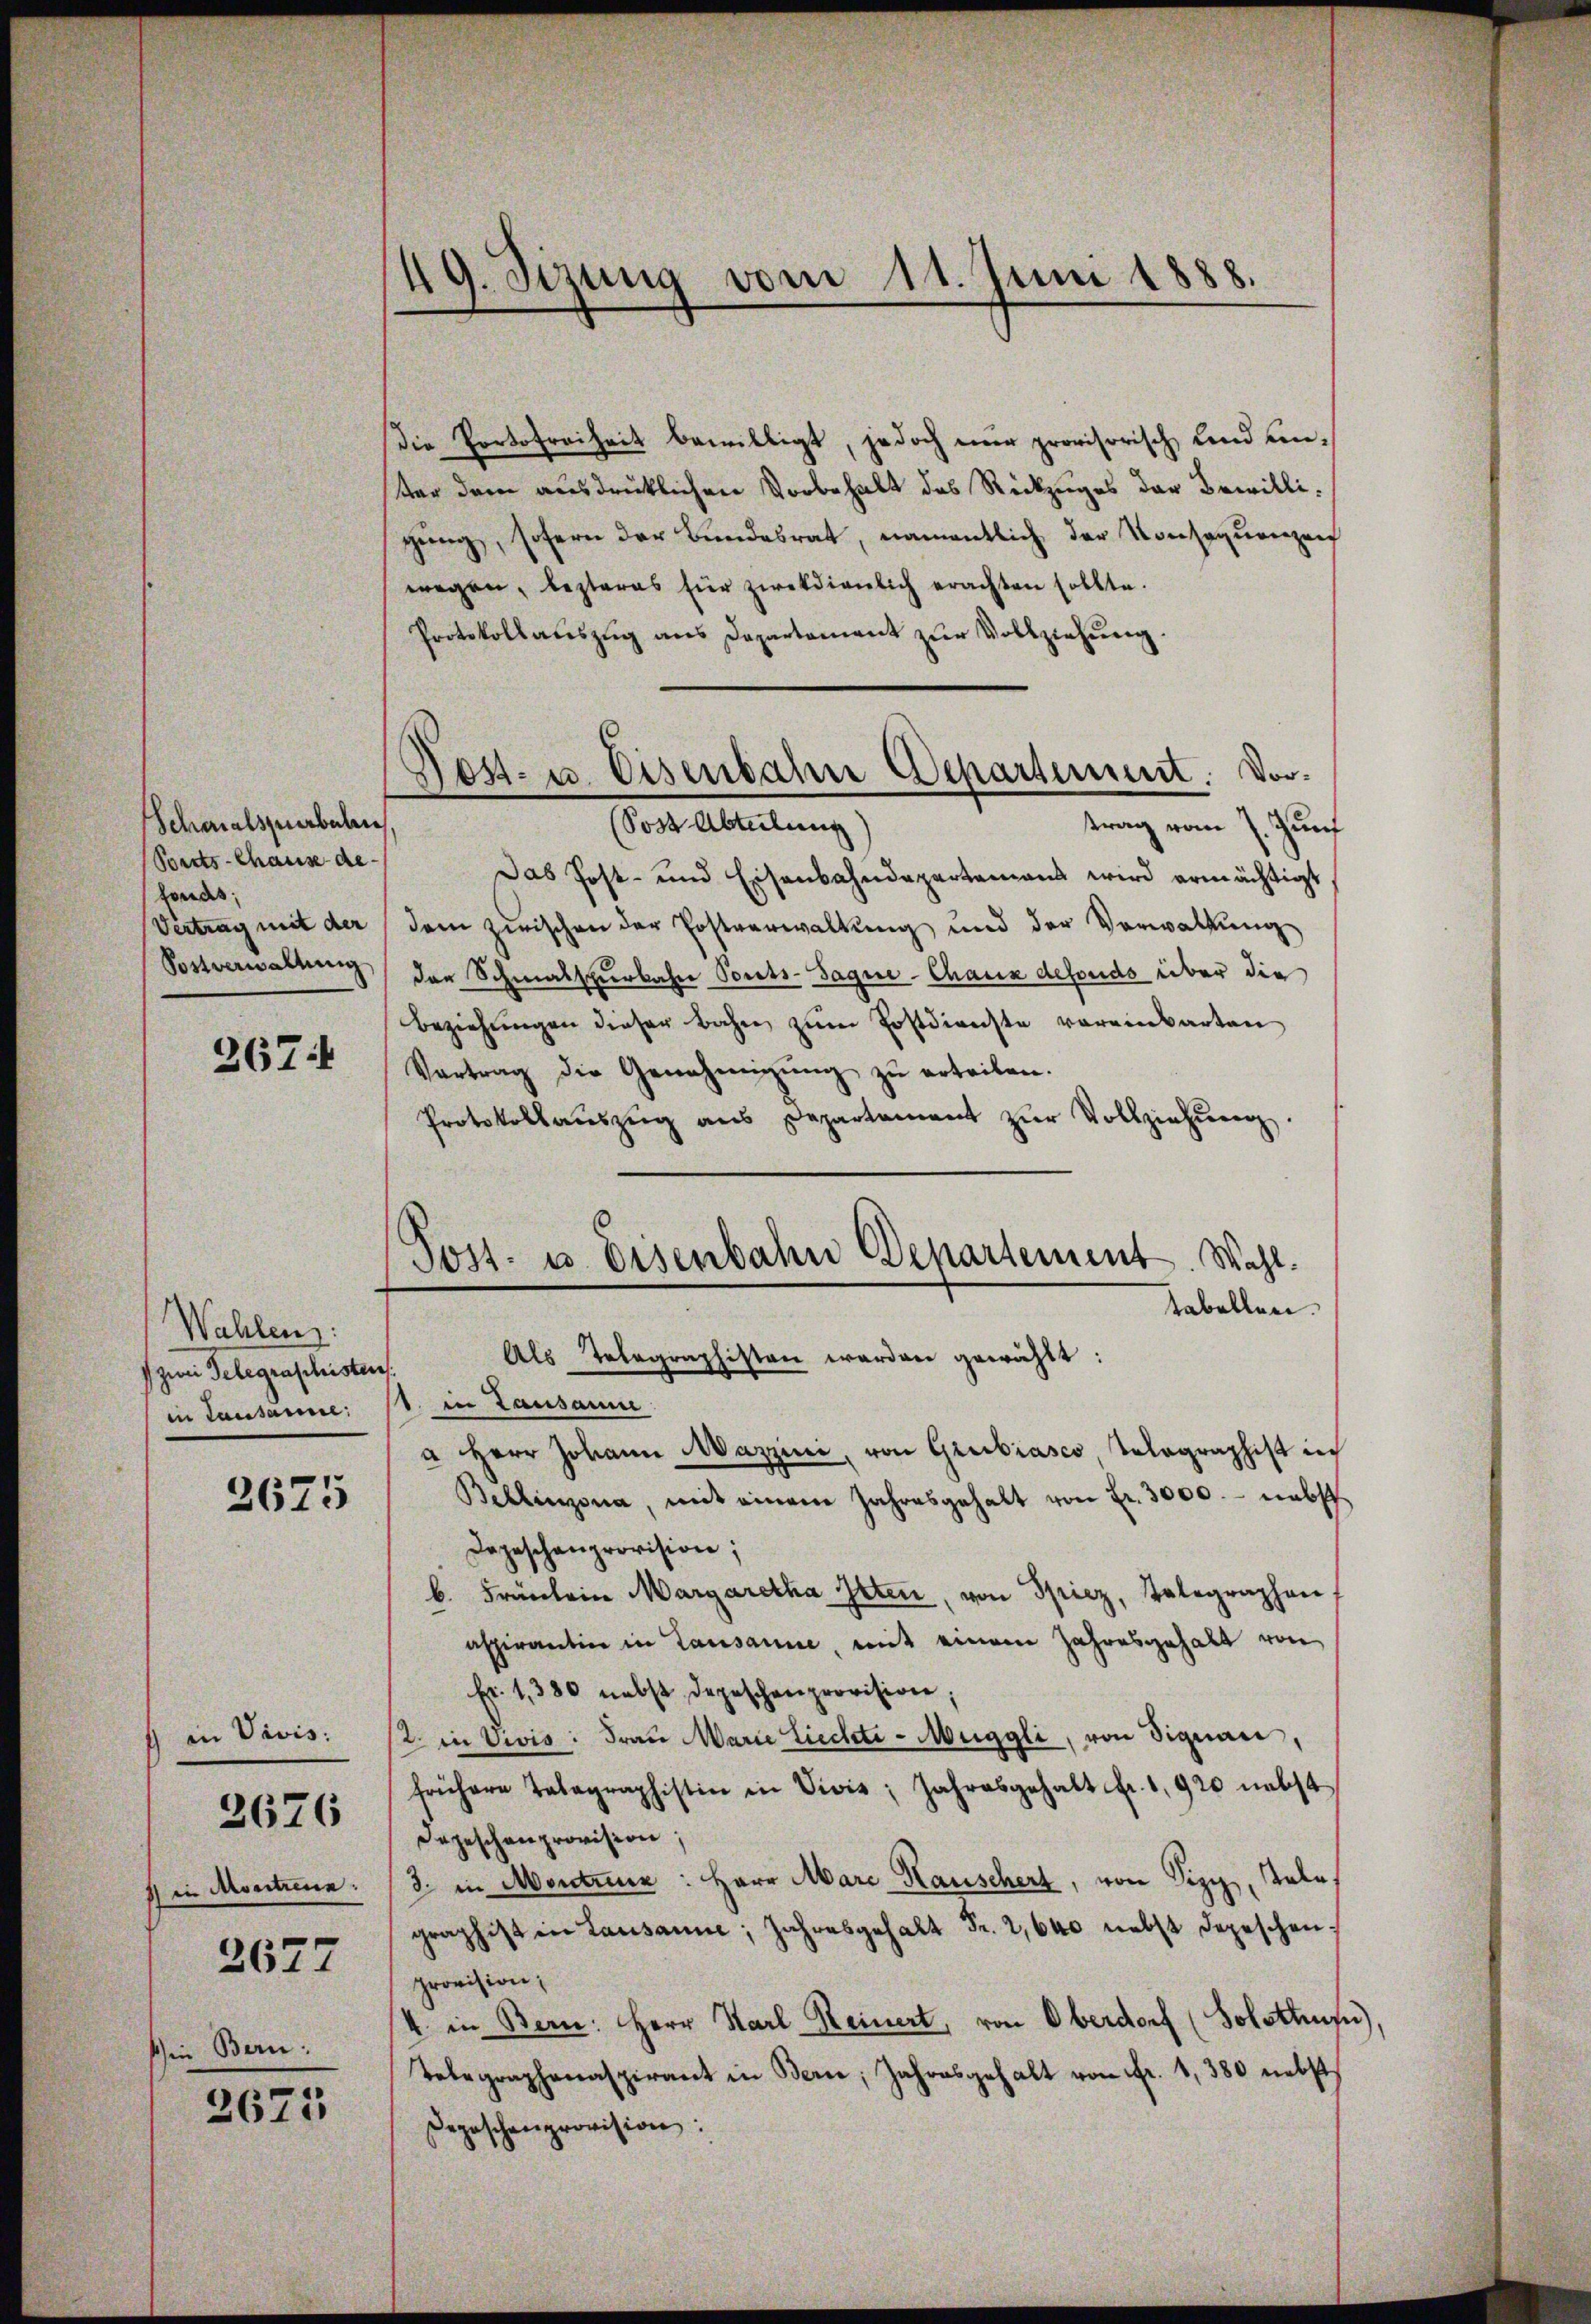
Schmalsperbeben
Berts-Chause de
fonds;
Vertrag mit der
Sostverwaltung

267

Wahlen:
zwei Gelegraschisten
in Lausanne:

2625

1 in Vivis:
i Monten:

2676

2677

sin Bern:
2671

49. Sizung vom 11. Juni 1888.

Post- u. Eisenbahne Departement. Vor¬
C
S

die Portofreiheit bewilligt, jedoch nur provisorisch und unter dem ausdrücklichen Vorbehalt des Rückzuges der Bewilligung, sofern der Bundesrat, namentlich der Konsequenzen
wegen, lezteres für zweckdienlich erachten sollte.
Protokollaŭszŭg ans Departement zŭr Vollziehung
Sost Abteilung
trag vom 7. Juni
Das Post- und Eisenbahndepartamens wird ermächtigt,
dem zwischen der Postverwaltung und der Verwaltung
der Schmalspurbahne Ponts-Sague-Chaux defondo über die
Beziehungen dieser Bahn zum Postdienste voreinbarten
Vortrag die Genehmigŭng zŭ erteilen.
Protokollaŭszŭg ans Departement zŭr Vollziehŭng
tabellen.
1. in Lausamm
a Herr Johann Mazzini, von Grubiasco Telegraphist in
Bellinzona, mit einem Jahresgehalt von fr. 3000.- nebst
Depeschenprovision;
b. Fräulein Margaretha Itten, von Spiez, Telegraphen
aspirantin in Lausanne, mit einem Jahresgehalt von
Fr. 1380 nebst depeschenprovision;
2. in Vivis: Frau Marie Liechte - Muggli, von Signau,
frühere Tagraphistin in Divis; Jahresgehalt fr. 1920 nebst
Depeschenprovision;
3. in Montrenn: Herr Marie Hauschert, von Sipp, Sale.
graphist in Lausanne, Jahresgehalt Fr. 2,640 nebst Depeschen.
provision;
4. in Bern: Herr Harl Reinert, von Oberdorf (Solothurn),
Telegraphenaspirant in Bern, Jahresgehalt von Fr. 1380 nebst
Depeschenprovision:

Post- u. Eisenbahn Departement. Wahl.
Als Telegraphisten werden gewählt: